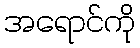
အရောင်ကို